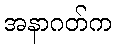
အနာဂတ်က